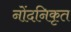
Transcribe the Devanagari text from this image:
नोंदनिकृत